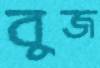
বুজ